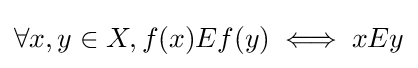
\forall x,y\in X,f(x)Ef(y)\iff xEy